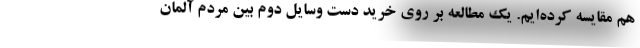
هم مقایسه کرده‌ایم. یک مطالعه بر روی خرید دست وسایل دوم بین مردم آلمان